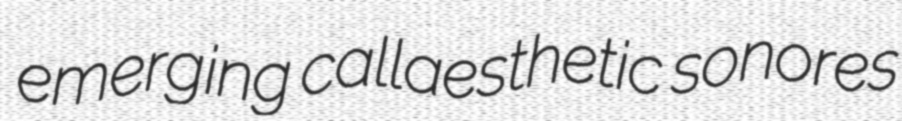
emerging callaesthetic sonores